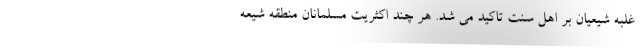
غلبه شیعیان بر اهل سنت تاکید می شد. هر چند اکثریت مسلمانان منطقه شیعه